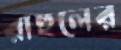
রাহুলের